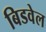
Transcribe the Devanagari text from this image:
बिडवेल